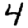
Digit: 4